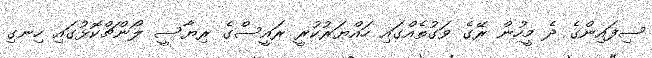
ސިފައިންގެ ދެ މީހުން ރޭގެ ވަގުތެއްގައި ހައްޔަރުކުރީ ރައީސްގެ ރިޔާސީ ލޯންޗްކޮޅުގައި ހިނގި